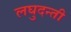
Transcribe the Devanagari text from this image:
लघुदन्ती